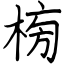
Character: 㮄